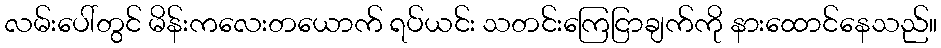
လမ်းပေါ်တွင် မိန်းကလေးတယောက် ရပ်ယင်း သတင်းကြေငြာချက်ကို နားထောင်နေသည်။